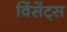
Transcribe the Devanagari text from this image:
विंसेंट्स